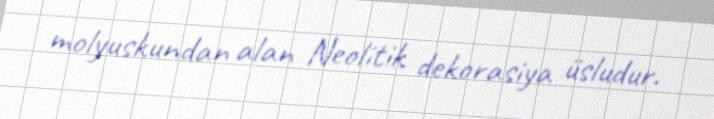
molyuskundan alan Neolitik dekorasiya üsludur.